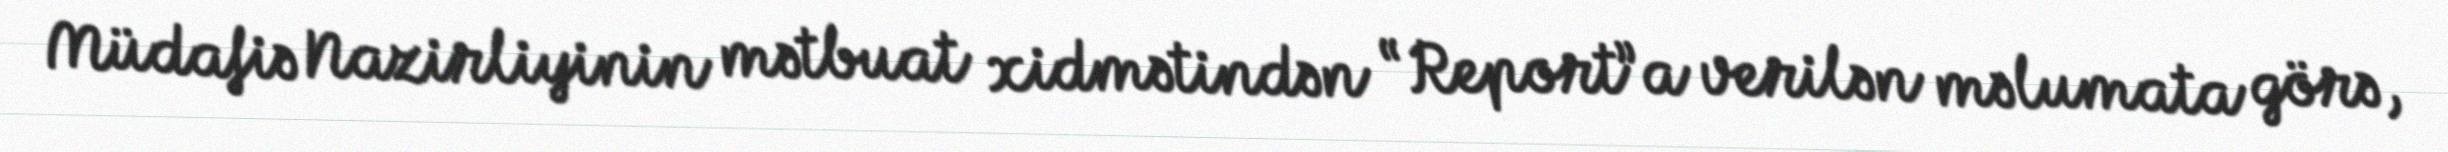
Müdafiə Nazirliyinin mətbuat xidmətindən “Report”a verilən məlumata görə,